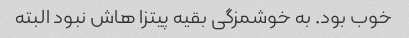
خوب بود. به خوشمزگی بقیه پیتزا هاش نبود البته